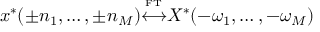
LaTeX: x ^ { * } ( \pm n _ { 1 } , \ldots , \pm n _ { M } ) { \overset { \underset { \mathrm { F T } } { } } { \longleftrightarrow } } X ^ { * } ( - \omega _ { 1 } , \ldots , - \omega _ { M } )